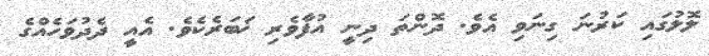
ލޮލުގައި ކަރުނަ ގިނަވި އެވެ. ދޮންތަ ދިނީ އުފާވެރި ޚަބަރެކެވެ. އެއީ ދެދުވަހެއްގެ